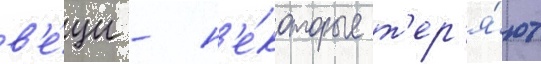
в'е́щи - н'е́которые т'ер'я́ют